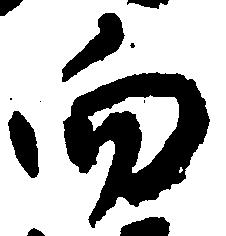
向